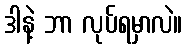
ဒါနဲ့ ဘာ လုပ်ရမှာလဲ။